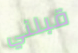
قبلني